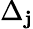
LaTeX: \Delta_{\mathbf{j}}